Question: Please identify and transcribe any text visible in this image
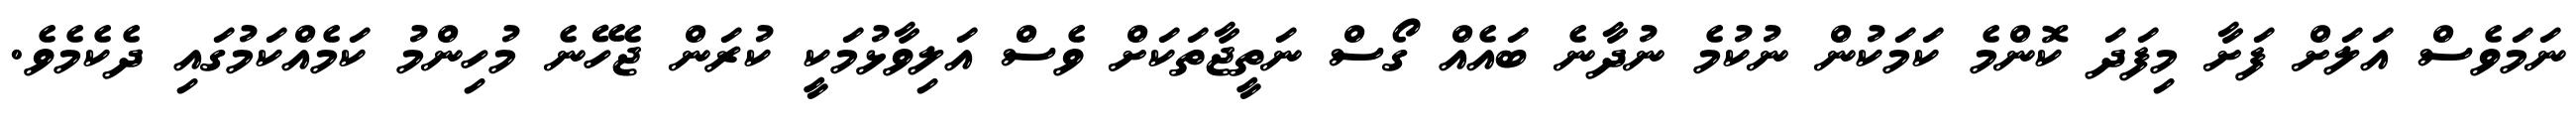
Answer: ނަމަވެސް އަލަށް ފަށާ މިފަދަ ކޮންމެ ކަމަކުން ނުކުމެ ނުދާނެ ބައެއް ގޯސް ނަތީޖާތަކަށް ވެސް އަލިވާޅުމަކީ ކުރަން ޖެހޭނެ މުހިންމު ކަމެއްކަމުގައި ދެކެމެވެ.